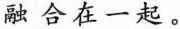
融合在一起。